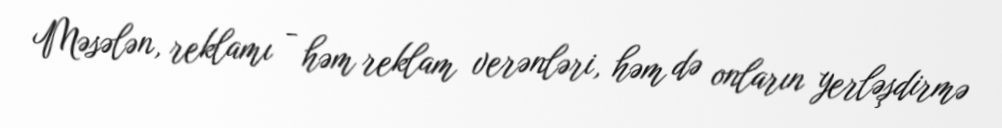
Məsələn, reklamı - həm reklam verənləri, həm də onların yerləşdirmə